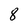
Character: 8